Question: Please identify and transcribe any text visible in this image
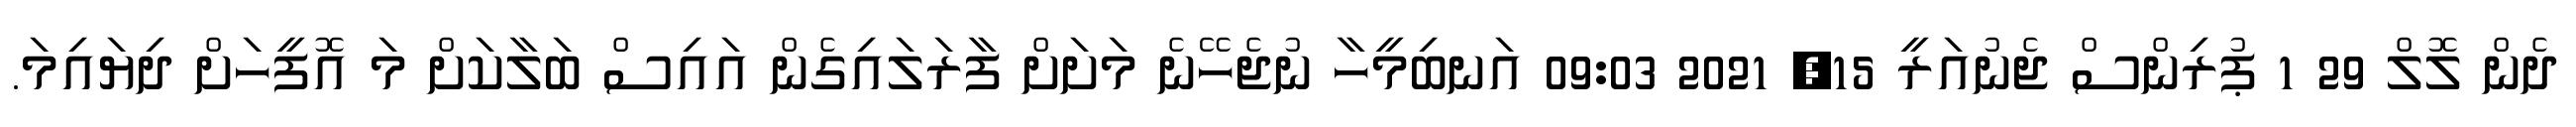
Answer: ދެން ލޮލް 29 1 ޕުރިންސް ޖެނުއަރީ 15, 2021 09:03 އަނބިމީހާ ނުޖެހޭނެ މަށަށް ފާރަލައިގެން އައިސް ބަލާކަށް މަ އޮފީހަށް ދިޔައިމަ.